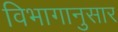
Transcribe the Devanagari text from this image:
विभागानुसार